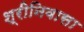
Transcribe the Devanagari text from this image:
श्रीनिवासा